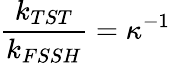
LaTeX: \frac{k_{TST}}{k_{FSSH}}=\kappa^{-1}